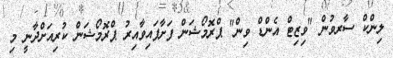
ލިންކް ސާރވުން "ވިޒިޓް އެންޑް ވިން" ޕްރޮމޯޝަން ފަށާފައިވާއިރު ޕްރޮމޯޝަން ކުރިއަށްދާނީ މި